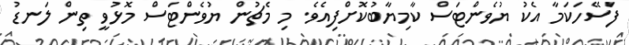
ފަސޭހަކަމާ އެކު ޔުވެންޓަސް ކާމިޔާބުކޮށްފިއެވެ. މި މެޗުން ޔުވެންޓަސް މޮޅުވީ ތިން ލަނޑު